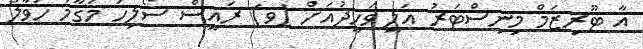
އާ ޓޫރިޒަމް މިނިސްޓަރު އަލީ ވަހީދުއަށް (ވ) ރައީސް ސޯލިހު މަގާމު ހަވާލު